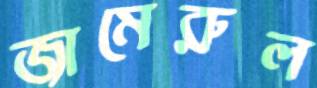
জামেরুল